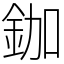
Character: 鉫